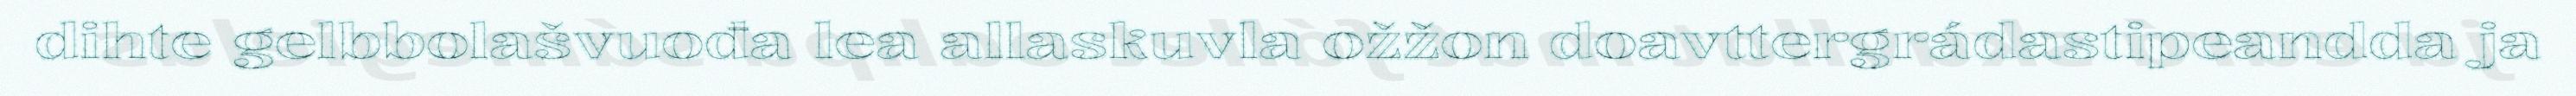
dihte gelbbolašvuođa lea allaskuvla ožžon doavttergrádastipeandda ja